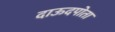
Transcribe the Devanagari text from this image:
दाऊदपोता